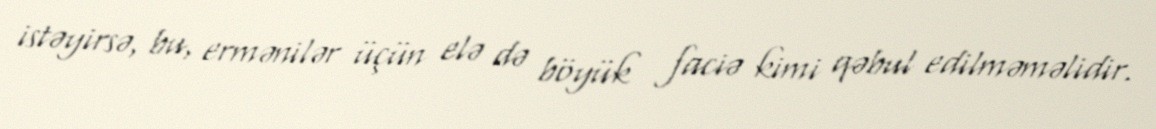
istəyirsə, bu, ermənilər üçün elə də böyük faciə kimi qəbul edilməməlidir.